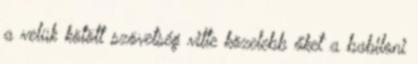
a velük kötött szövetség vitte közelebb őket a babiloni